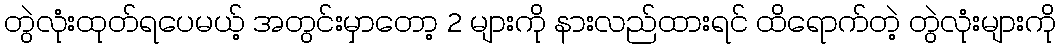
တွဲလုံးထုတ်ရပေမယ့် အတွင်းမှာတော့ 2 များကို နားလည်ထားရင် ထိရောက်တဲ့ တွဲလုံးများကို